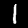
Label: 1